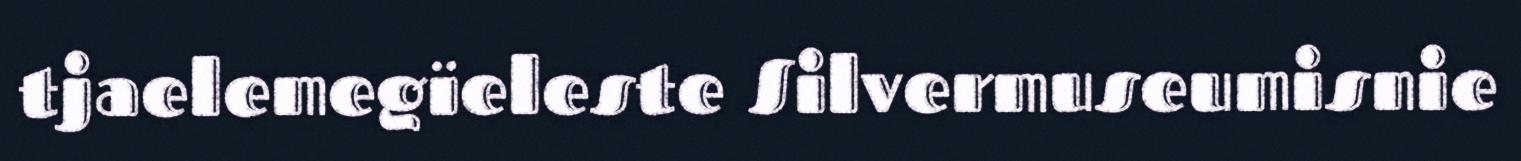
tjaelemegïeleste Silvermuseumisnie